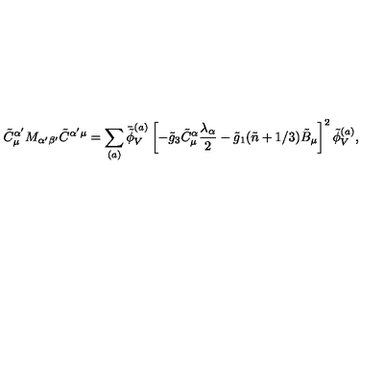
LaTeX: \tilde { C } _ { \mu } ^ { \alpha ^ { \prime } } M _ { \alpha ^ { \prime } \beta ^ { \prime } } \tilde { C } ^ { \alpha ^ { \prime } \mu } = \sum _ { ( a ) } \bar { \tilde { \phi } } _ { V } ^ { ( a ) } \left[ - \tilde { g } _ { 3 } \tilde { C } _ { \mu } ^ { \alpha } \frac { \lambda _ { \alpha } } { 2 } - \tilde { g } _ { 1 } ( \tilde { n } + 1 / 3 ) \tilde { B } _ { \mu } \right] ^ { 2 } \tilde { \phi } _ { V } ^ { ( a ) } ,